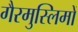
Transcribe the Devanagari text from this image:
गैरमुस्लिमों